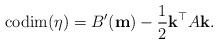
LaTeX: \begin{align*} {\rm codim}(\eta)=B'({\bf m})-\frac12{\mathbf{k}^{\top}A\mathbf{k}}.\end{align*}